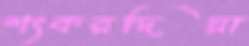
শংকরদিয়া